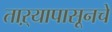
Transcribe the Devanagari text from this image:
ताऱ्यापासूनचे